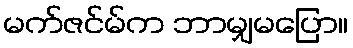
မက်ဇင်မ်က ဘာမျှမပြော။